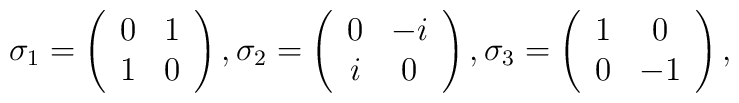
\sigma _{1}=\left( \begin{array}{cc}0 & 1 \\ 1 & 0\end{array}\right) ,\sigma _{2}=\left( \begin{array}{cc}0 & -i \\ i & 0\end{array}\right) ,\sigma _{3}=\left( \begin{array}{cc}1 & 0 \\ 0 & -1\end{array}\right) ,\,\,